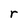
Character: r